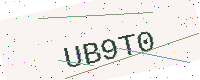
Text: UB9T0